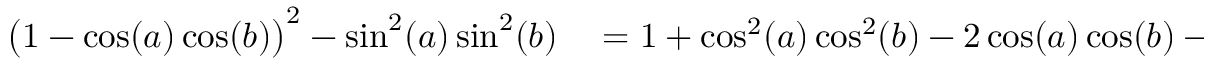
\begin{array} { r l } { \big ( 1 - \cos ( a ) \cos ( b ) \big ) ^ { 2 } - \sin ^ { 2 } ( a ) \sin ^ { 2 } ( b ) } & { { } = 1 + \cos ^ { 2 } ( a ) \cos ^ { 2 } ( b ) - 2 \cos ( a ) \cos ( b ) - \big ( 1 - \cos ^ { 2 } ( a ) \big ) \big ( 1 - \cos ^ { 2 } ( b ) \big ) } \end{array}